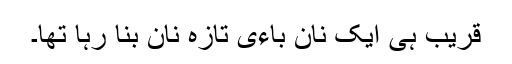
قریب ہی ایک نان باءی تازہ نان بنا رہا تھا۔